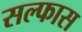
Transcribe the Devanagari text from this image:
सल्फास